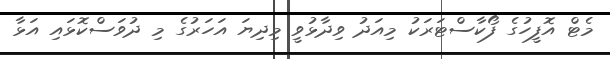
މެޓް އޮފީހުގެ ފޯކާސްޓަރަކު މިއަދު ވިދާޅުވީ މިދިޔަ އަހަރުގެ މި ދުވަސްކޮޅައި އަޅާ